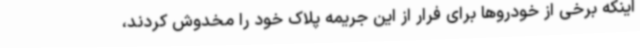
اینکه برخی از خودروها برای فرار از این جریمه پلاک خود را مخدوش کردند،